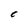
Character: 0